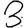
Digit: 3